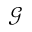
\mathcal { G }